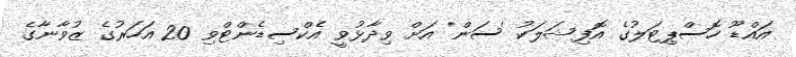
އައްޑޫ ހޮސްޕިޓަލުގެ އޮފިޝަލަކު 'ސަން' އަށް ވިދާޅުވީ އެކްސިޑެންޓްވި 20 އަހަރުގެ ޒުވާނާގެ